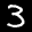
Label: 3